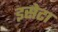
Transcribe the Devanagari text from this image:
इसेटा